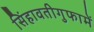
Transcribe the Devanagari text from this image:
सिंहावतीगुफामें